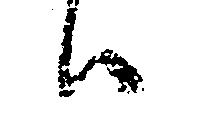
ハ